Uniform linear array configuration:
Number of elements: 24
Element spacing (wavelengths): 0.5
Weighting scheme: blackman
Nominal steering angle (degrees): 0
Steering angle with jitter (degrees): -0.1439
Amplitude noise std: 0.05
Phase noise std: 0.05

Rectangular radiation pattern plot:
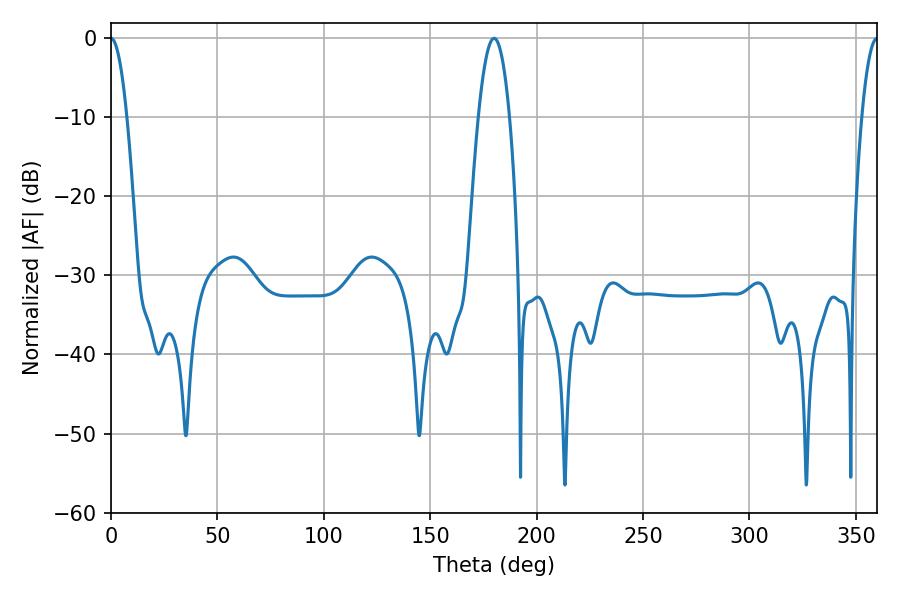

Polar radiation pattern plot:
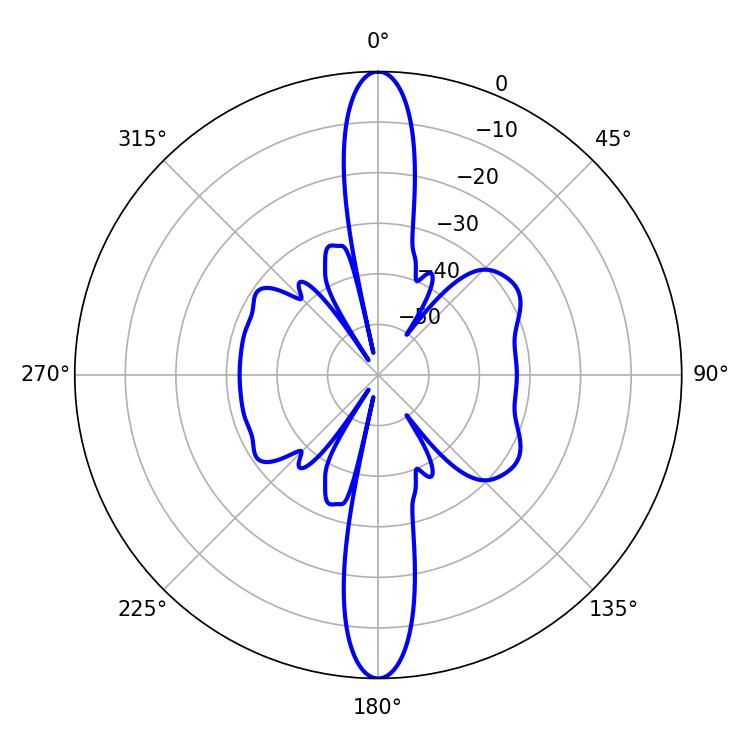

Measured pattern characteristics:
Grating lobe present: FALSE
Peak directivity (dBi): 33.069
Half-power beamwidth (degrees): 3.96
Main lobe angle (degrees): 0